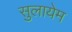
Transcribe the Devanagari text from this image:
सुलायेम